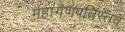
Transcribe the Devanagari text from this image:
महागणपतिस्तव